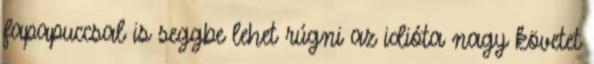
fapapuccsal is seggbe lehet rúgni az idióta nagy követet